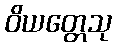
ဝိယတ္တေသု